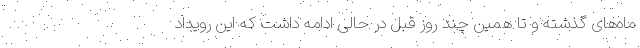
ماه‌های گذشته و تا همین چند روز قبل در حالی ادامه داشت که این رویداد